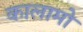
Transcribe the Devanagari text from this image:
कालामो